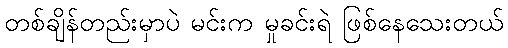
တစ်ချိန်တည်းမှာပဲ မင်းက မှုခင်းရဲ ဖြစ်နေသေးတယ်